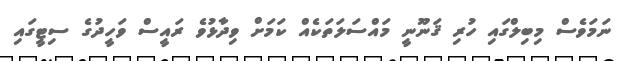
ނަމަވެސް މިބިލްގައި ހުރި ޤަނޫނީ މައްސަލަތަކެއް ކަމަށް ވިދާޅުވެ ރައީސް ވަހީދުގެ ސިޓީގައި